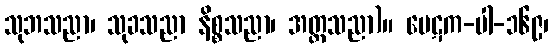
သုဘသညာ၊ သုခသညာ နိစ္စသညာ၊ အတ္တသညာ)။ ပေဋက-ပါ-၁၆၉၊